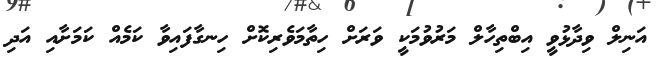
އަނިލް ވިދާޅުވީ އިބްތިހާލް މަރުވުމަކީ ވަރަށް ހިތާމަވެރިކޮށް ހިނގާފައިވާ ކަމެއް ކަމަށާއި އަދި